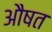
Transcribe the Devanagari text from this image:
औषत